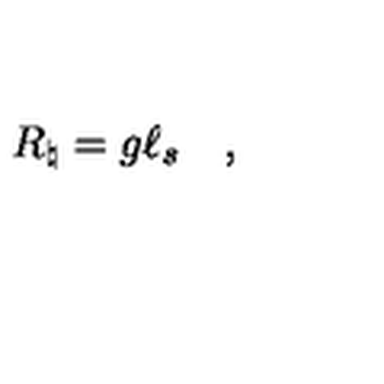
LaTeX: R _ { \natural } = g \ell _ { s } \quad ,